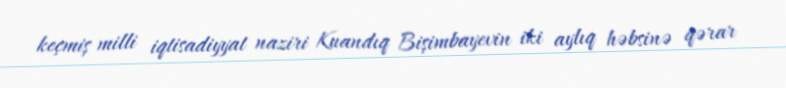
keçmiş milli iqtisadiyyat naziri Kuandıq Bişimbayevin iki aylıq həbsinə qərar